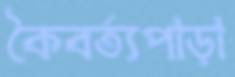
কৈবর্ত্যপাড়া